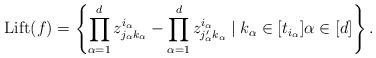
LaTeX: \begin{align*}\mathrm{Lift}(f) = \left\lbrace \prod_{\alpha=1}^d z^{i_{\alpha}}_{j_{\alpha}k_{\alpha}} - \prod_{\alpha=1}^d z^{i_{\alpha}}_{j'_{\alpha} k_{\alpha}} \mid k_{\alpha} \in [t_{i_{\alpha}}] \alpha \in [d]\right\rbrace.\end{align*}